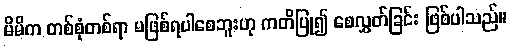
မိမိက တစ်စုံတစ်ရာ မဖြစ်ရပါစေဘူးဟု ကတိပြု၍ စေလွှတ်ခြင်း ဖြစ်ပါသည်။